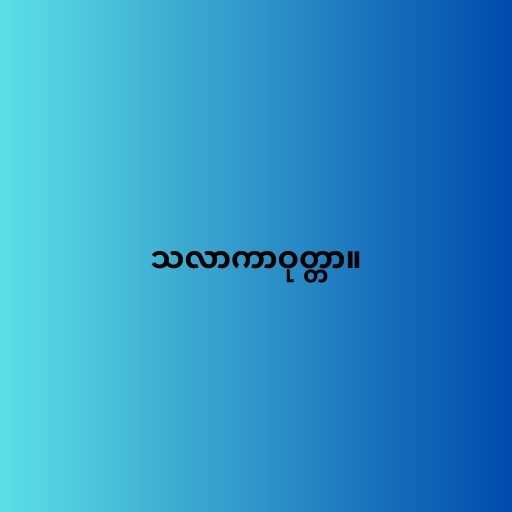
သလာကာဝုတ္တာ။